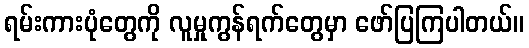
ရမ်းကားပုံတွေကို လူမှုကွန်ရက်တွေမှာ ဖော်ပြကြပါတယ်။